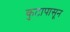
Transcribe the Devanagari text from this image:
कुटापासून